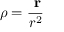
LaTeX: { \boldsymbol { \rho } } = { \frac { \ \mathbf { r } } { r ^ { 2 } } }